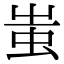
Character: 蚩